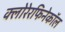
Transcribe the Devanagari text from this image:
क्लोरेरफिनेकॉल